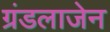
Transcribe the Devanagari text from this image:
ग्रंडलाजेन